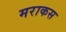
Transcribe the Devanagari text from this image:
मराकस